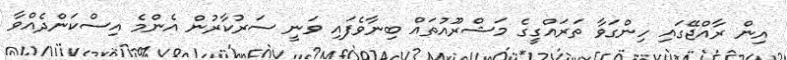
އިން ރާއްޖޭގައި ހިންގަވާ ތަރައްގީގެ މަޝްރޫއުތައް ބިނާވެފައި ވަނީ ސަރުކާރުން އެންމެ އިސްކަންދެއްވާ